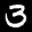
Label: 3